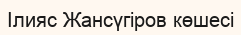
Ілияс Жансүгіров көшесі